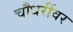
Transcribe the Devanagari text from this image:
चौधरींवर